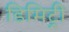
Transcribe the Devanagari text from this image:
डिमिट्री